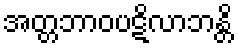
အတ္တဘာဝပဋိလာဘန္တိ